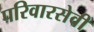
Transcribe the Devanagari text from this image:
परिवारसेवी